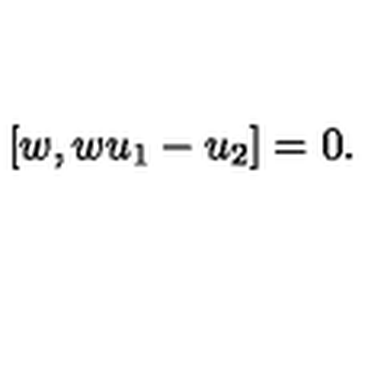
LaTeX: [ w , w u _ { 1 } - u _ { 2 } ] = 0 .